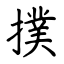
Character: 撲